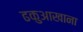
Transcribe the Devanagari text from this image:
ढकुआखाना